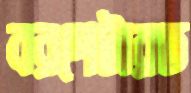
বরপেটারত